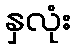
နှလုံး